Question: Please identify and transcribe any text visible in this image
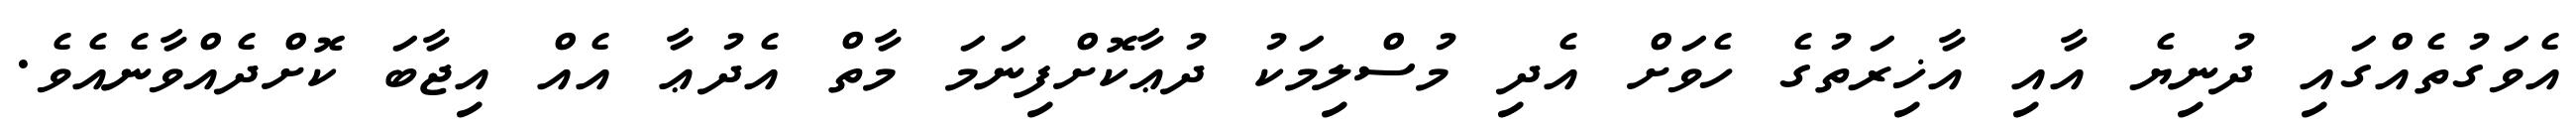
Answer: އެވަގުތެއްގައި ދުނިޔެ އާއި އާޚިރަތުގެ ހެވަށް އެދި މުސްލިމަކު ދުޢާކޮށްފިނަމަ މާތް އެދުޢާ އެއް އިޖާބަ ކޮށްދެއްވާނެއެވެ.